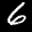
Label: 6